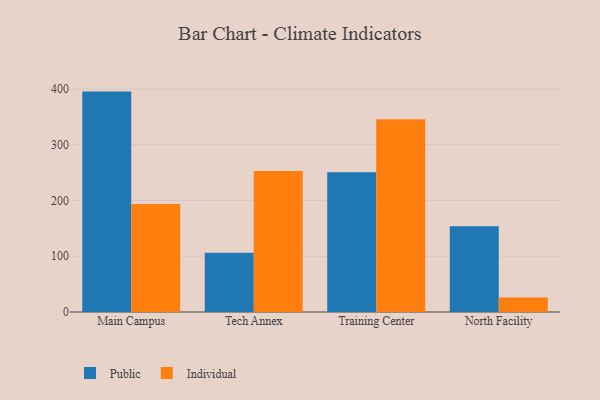
{"axis": {"x": "Campus", "y": "Gross Profit (USD K)"}, "legend": ["Individual", "Public"], "data": [{"x": "Main Campus", "y": 395.4, "type": "Public"}, {"x": "Main Campus", "y": 193.8, "type": "Individual"}, {"x": "Tech Annex", "y": 106.4, "type": "Public"}, {"x": "Tech Annex", "y": 252.9, "type": "Individual"}, {"x": "Training Center", "y": 250.6, "type": "Public"}, {"x": "Training Center", "y": 345.6, "type": "Individual"}, {"x": "North Facility", "y": 153.9, "type": "Public"}, {"x": "North Facility", "y": 26.0, "type": "Individual"}]}